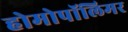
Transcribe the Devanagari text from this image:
होमोपॉलिमर